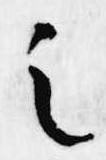
之